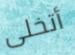
أتخلى